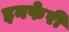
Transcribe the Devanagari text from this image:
इनफेरी